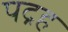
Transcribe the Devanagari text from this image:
पद्रह